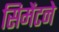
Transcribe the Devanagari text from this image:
सिमेंटने